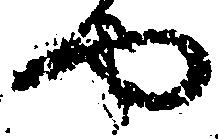
や